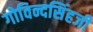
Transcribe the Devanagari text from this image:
गोविन्दसिंहजी